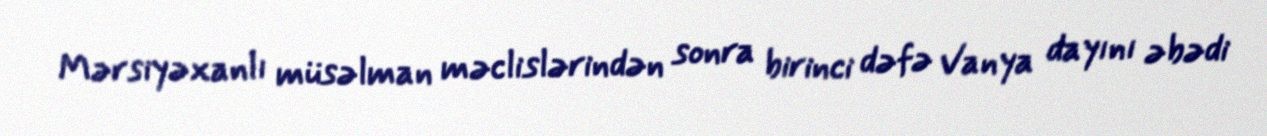
Mərsiyəxanlı müsəlman məclislərindən sonra birinci dəfə Vanya dayını əbədi